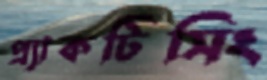
প্র্যাকটিসিং